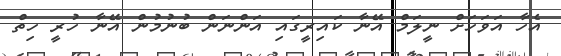
އެހާ އަވަހަށް ނީލަމް އޭނާ ކައިރީގައި އަންނަން ބުނުމުން އޭނާ ހުރީ ހިތް